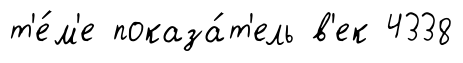
т'е́м'е показа́т'ель в'ек 4338